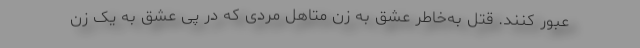
عبور کنند. قتل به‌خاطر عشق به زن متاهل مردی که در پی عشق به یک زن